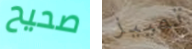
صحيح تمييز